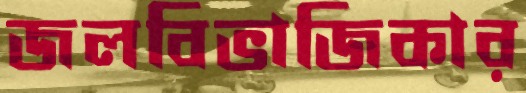
জলবিভাজিকার